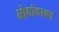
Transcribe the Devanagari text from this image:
ओठांवरचा